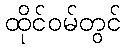
ထိုင်ဝမ်တွင်